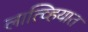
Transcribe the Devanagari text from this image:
लात्व्हियात